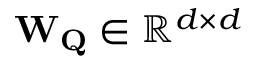
\mathbf { W _ { Q } } \in \mathbb { R } ^ { d \times d }